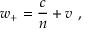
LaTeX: w _ { + } = { \frac { c } { n } } + v \ ,